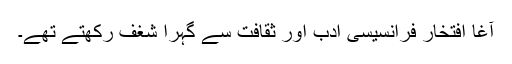
آغا افتخار فرانسیسی ادب اور ثقافت سے گہرا شغف رکھتے تھے۔